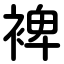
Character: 裨